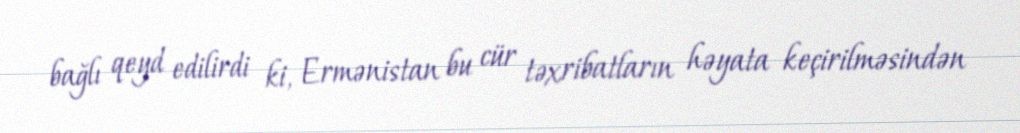
bağlı qeyd edilirdi ki, Ermənistan bu cür təxribatların həyata keçirilməsindən